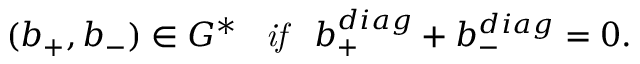
( b _ { + } , b _ { - } ) \in { \cal G ^ { * } } \; \; \; \mathrm { \it { i f } } \; \; \; b _ { + } ^ { d i a g } + b _ { - } ^ { d i a g } = 0 .